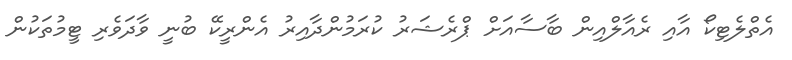
އެތްލެޓިކޯ އާއި ރެއާލްއިން ބާސާއަށް ޕްރެޝަރު ކުރަމުންދާއިރު އެންރީކޭ ބުނީ ވާދަވެރި ޓީމުތަކުން